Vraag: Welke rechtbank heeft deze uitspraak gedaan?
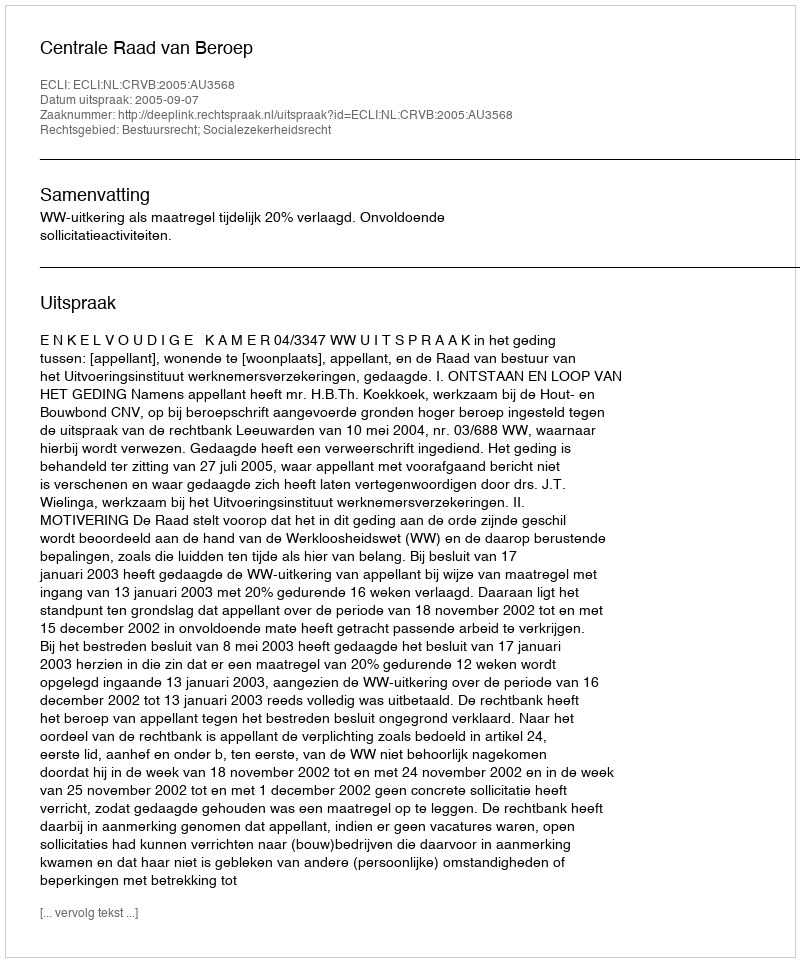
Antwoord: Centrale Raad van Beroep